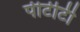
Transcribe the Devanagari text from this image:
पीटीटी